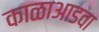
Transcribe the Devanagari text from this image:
काळाआडवा